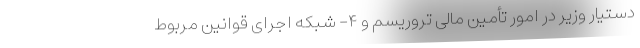
دستیار وزیر در امور تأمین مالی تروریسم و ۴- شبکه اجرای قوانین مربوط